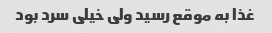
غذا به موقع رسید ولی خیلی سرد بود